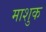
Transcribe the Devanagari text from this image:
माशुक